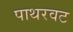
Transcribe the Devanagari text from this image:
पाथरवट